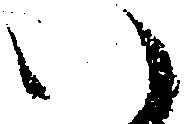
い